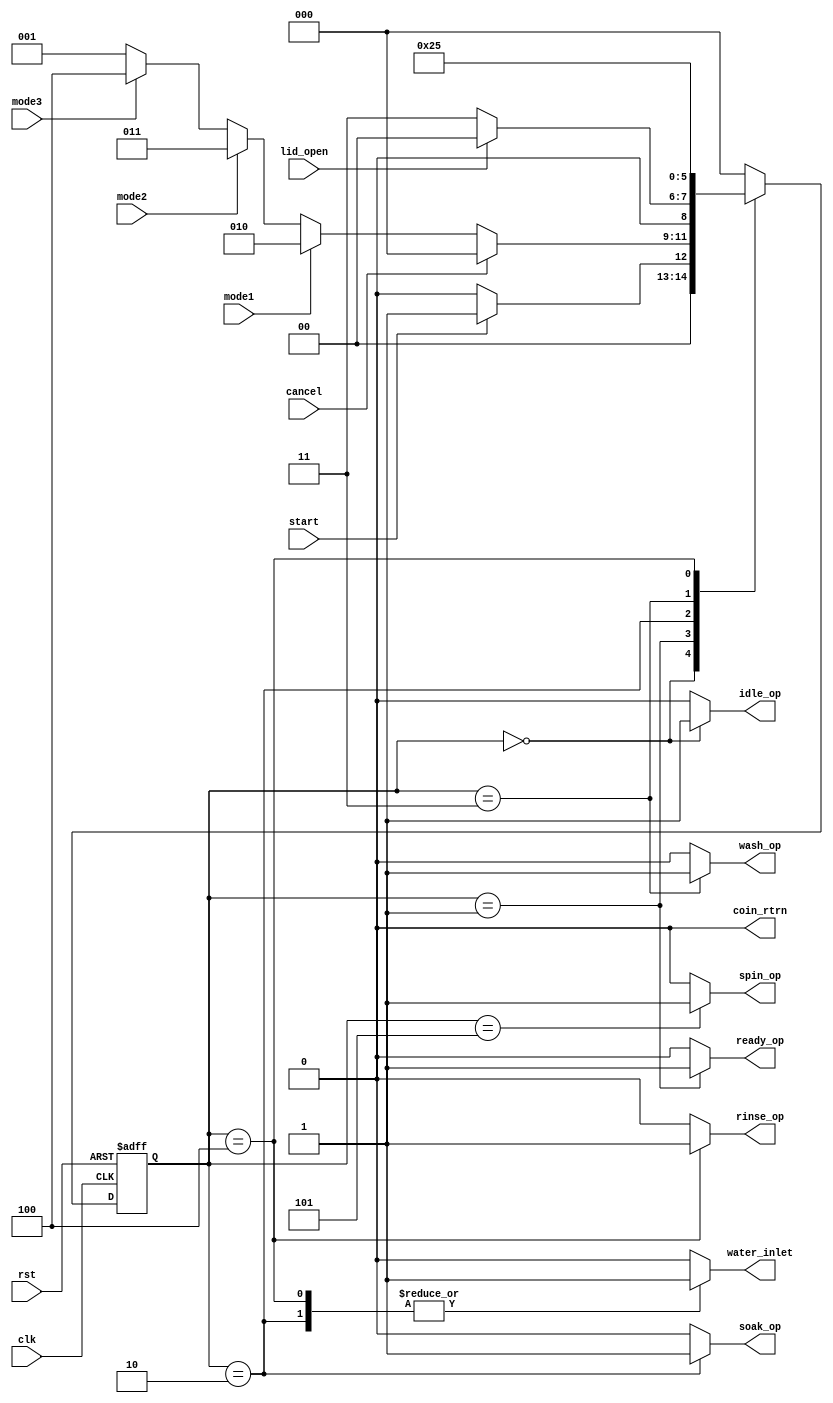
module washing_machine_controller (
    input clk, // System clock
    input rst, // System reset
    input start, // Start signal to begin the washing process
    input cancel, // Cancel signal to stop the washing process
    input lid_open, // Signal indicating whether the lid is open
    input mode1, // Mode 1 selection signal
    input mode2, // Mode 2 selection signal
    input mode3, // Mode 3 selection signal
    output reg water_inlet, // Water intake control signal
    output reg idle_op, // Idle state signal
    output reg ready_op, // Ready state signal
    output reg soak_op, // Soaking operation signal
    output reg wash_op, // Washing operation signal
    output reg rinse_op, // Rinsing operation signal
    output reg spin_op, // Spinning operation signal
    output reg coin_rtrn // Coin return signal
);

// Declare the states as parameters
parameter IDLE = 3'b000;
parameter READY = 3'b001;
parameter SOAK = 3'b010;
parameter WASH = 3'b011;
parameter RINSE = 3'b100;
parameter SPIN = 3'b101;

// Declare the state register
reg [2:0] state, next_state;

// Default values
always @ (posedge clk or posedge rst) begin
    if (rst) begin
        state <= IDLE;
    end else begin
        state <= next_state;
    end
end

// Next state logic
always @ (*) begin
    case (state)
        IDLE: begin
            if (start) begin
                next_state = READY;
            end else begin
                next_state = IDLE;
            end
        end
        READY: begin
            if (cancel) begin
                coin_rtrn = 1'b1;
                next_state = IDLE;
            end else if (mode1) begin
                // Set timing for mode 1
                next_state = SOAK;
            end else if (mode2) begin
                // Set timing for mode 2
                next_state = WASH;
            end else if (mode3) begin
                // Set timing for mode 3
                next_state = RINSE;
            end else begin
                next_state = READY;
            end
        end
        SOAK: begin
            // Add logic for SOAK state
            if (lid_open) begin
                // Pause the washing process
                next_state = IDLE;
            end else begin
                // Continue with the current state
                next_state = WASH; // Transition to the next state
            end
        end
        WASH: begin
            // Add logic for WASH state
            // Transition to RINSE state
            next_state = RINSE;
        end
        RINSE: begin
            // Add logic for RINSE state
            // Transition to SPIN state
            next_state = SPIN;
        end
        SPIN: begin
            // Add logic for SPIN state
            // Transition back to IDLE state
            next_state = IDLE;
        end
        default: next_state = IDLE;
    endcase
end

// Output logic
always @ (state) begin
    case (state)
        IDLE: begin
            idle_op = 1'b1;
            ready_op = 1'b0;
            soak_op = 1'b0;
            wash_op = 1'b0;
            rinse_op = 1'b0;
            spin_op = 1'b0;
            water_inlet = 1'b0;
            coin_rtrn = 1'b0;
        end
        READY: begin
            idle_op = 1'b0;
            ready_op = 1'b1;
            soak_op = 1'b0;
            wash_op = 1'b0;
            rinse_op = 1'b0;
            spin_op = 1'b0;
            water_inlet = 1'b0;
            coin_rtrn = 1'b0;
        end
        SOAK: begin
            idle_op = 1'b0;
            ready_op = 1'b0;
            soak_op = 1'b1;
            wash_op = 1'b0;
            rinse_op = 1'b0;
            spin_op = 1'b0;
            water_inlet = 1'b1; // Activate water inlet during soak state
            coin_rtrn = 1'b0;
        end
        WASH: begin
            idle_op = 1'b0;
            ready_op = 1'b0;
            soak_op = 1'b0;
            wash_op = 1'b1;
            rinse_op = 1'b0;
            spin_op = 1'b0;
            water_inlet = 1'b0;
            coin_rtrn = 1'b0;
        end
        RINSE: begin
            idle_op = 1'b0;
            ready_op = 1'b0;
            soak_op = 1'b0;
            wash_op = 1'b0;
            rinse_op = 1'b1;
            spin_op = 1'b0;
            water_inlet = 1'b1; // Activate water inlet during rinse state
            coin_rtrn = 1'b0;
        end
        SPIN: begin
            idle_op = 1'b0;
            ready_op = 1'b0;
            soak_op = 1'b0;
            wash_op = 1'b0;
            rinse_op = 1'b0;
            spin_op = 1'b1;
            water_inlet = 1'b0;
            coin_rtrn = 1'b0;
        end
        default: begin
            idle_op = 1'b0;
            ready_op = 1'b0;
            soak_op = 1'b0;
            wash_op = 1'b0;
            rinse_op = 1'b0;
            spin_op = 1'b0;
            water_inlet = 1'b0;
            coin_rtrn = 1'b0;
        end
    endcase
end

endmodule